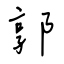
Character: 郭